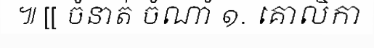
៕ [[ ចំនាត់ ចំណាំ ១. គោលិកា